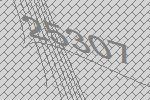
25307